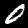
Digit: 0